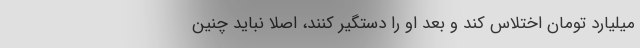
میلیارد تومان اختلاس کند و بعد او را دستگیر کنند، اصلا نباید چنین